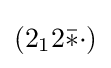
(2_{1}2{\bar {*}}{\cdot })